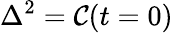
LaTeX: {{\Delta}^{2}}=\mathcal{C}(t=0)